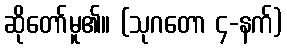
ဆိုတော်မူ၏။ (သုဂတော ၄-နက်)